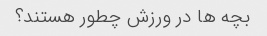
بچه ها در ورزش چطور هستند؟